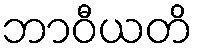
ဘာဝီယတိ